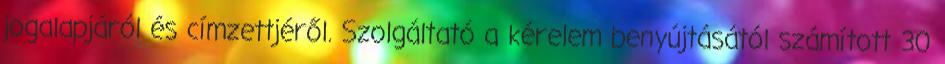
jogalapjáról és címzettjéről. Szolgáltató a kérelem benyújtásától számított 30